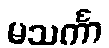
မသင်္ကာ